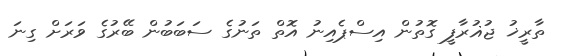
ތާރީޚު ޖުޣުރާފީ ގޮތުން އިސްޕެއިނު އޮތް ތަނުގެ ސަބަބުން ބޭރުގެ ވަރަށް ގިނަ